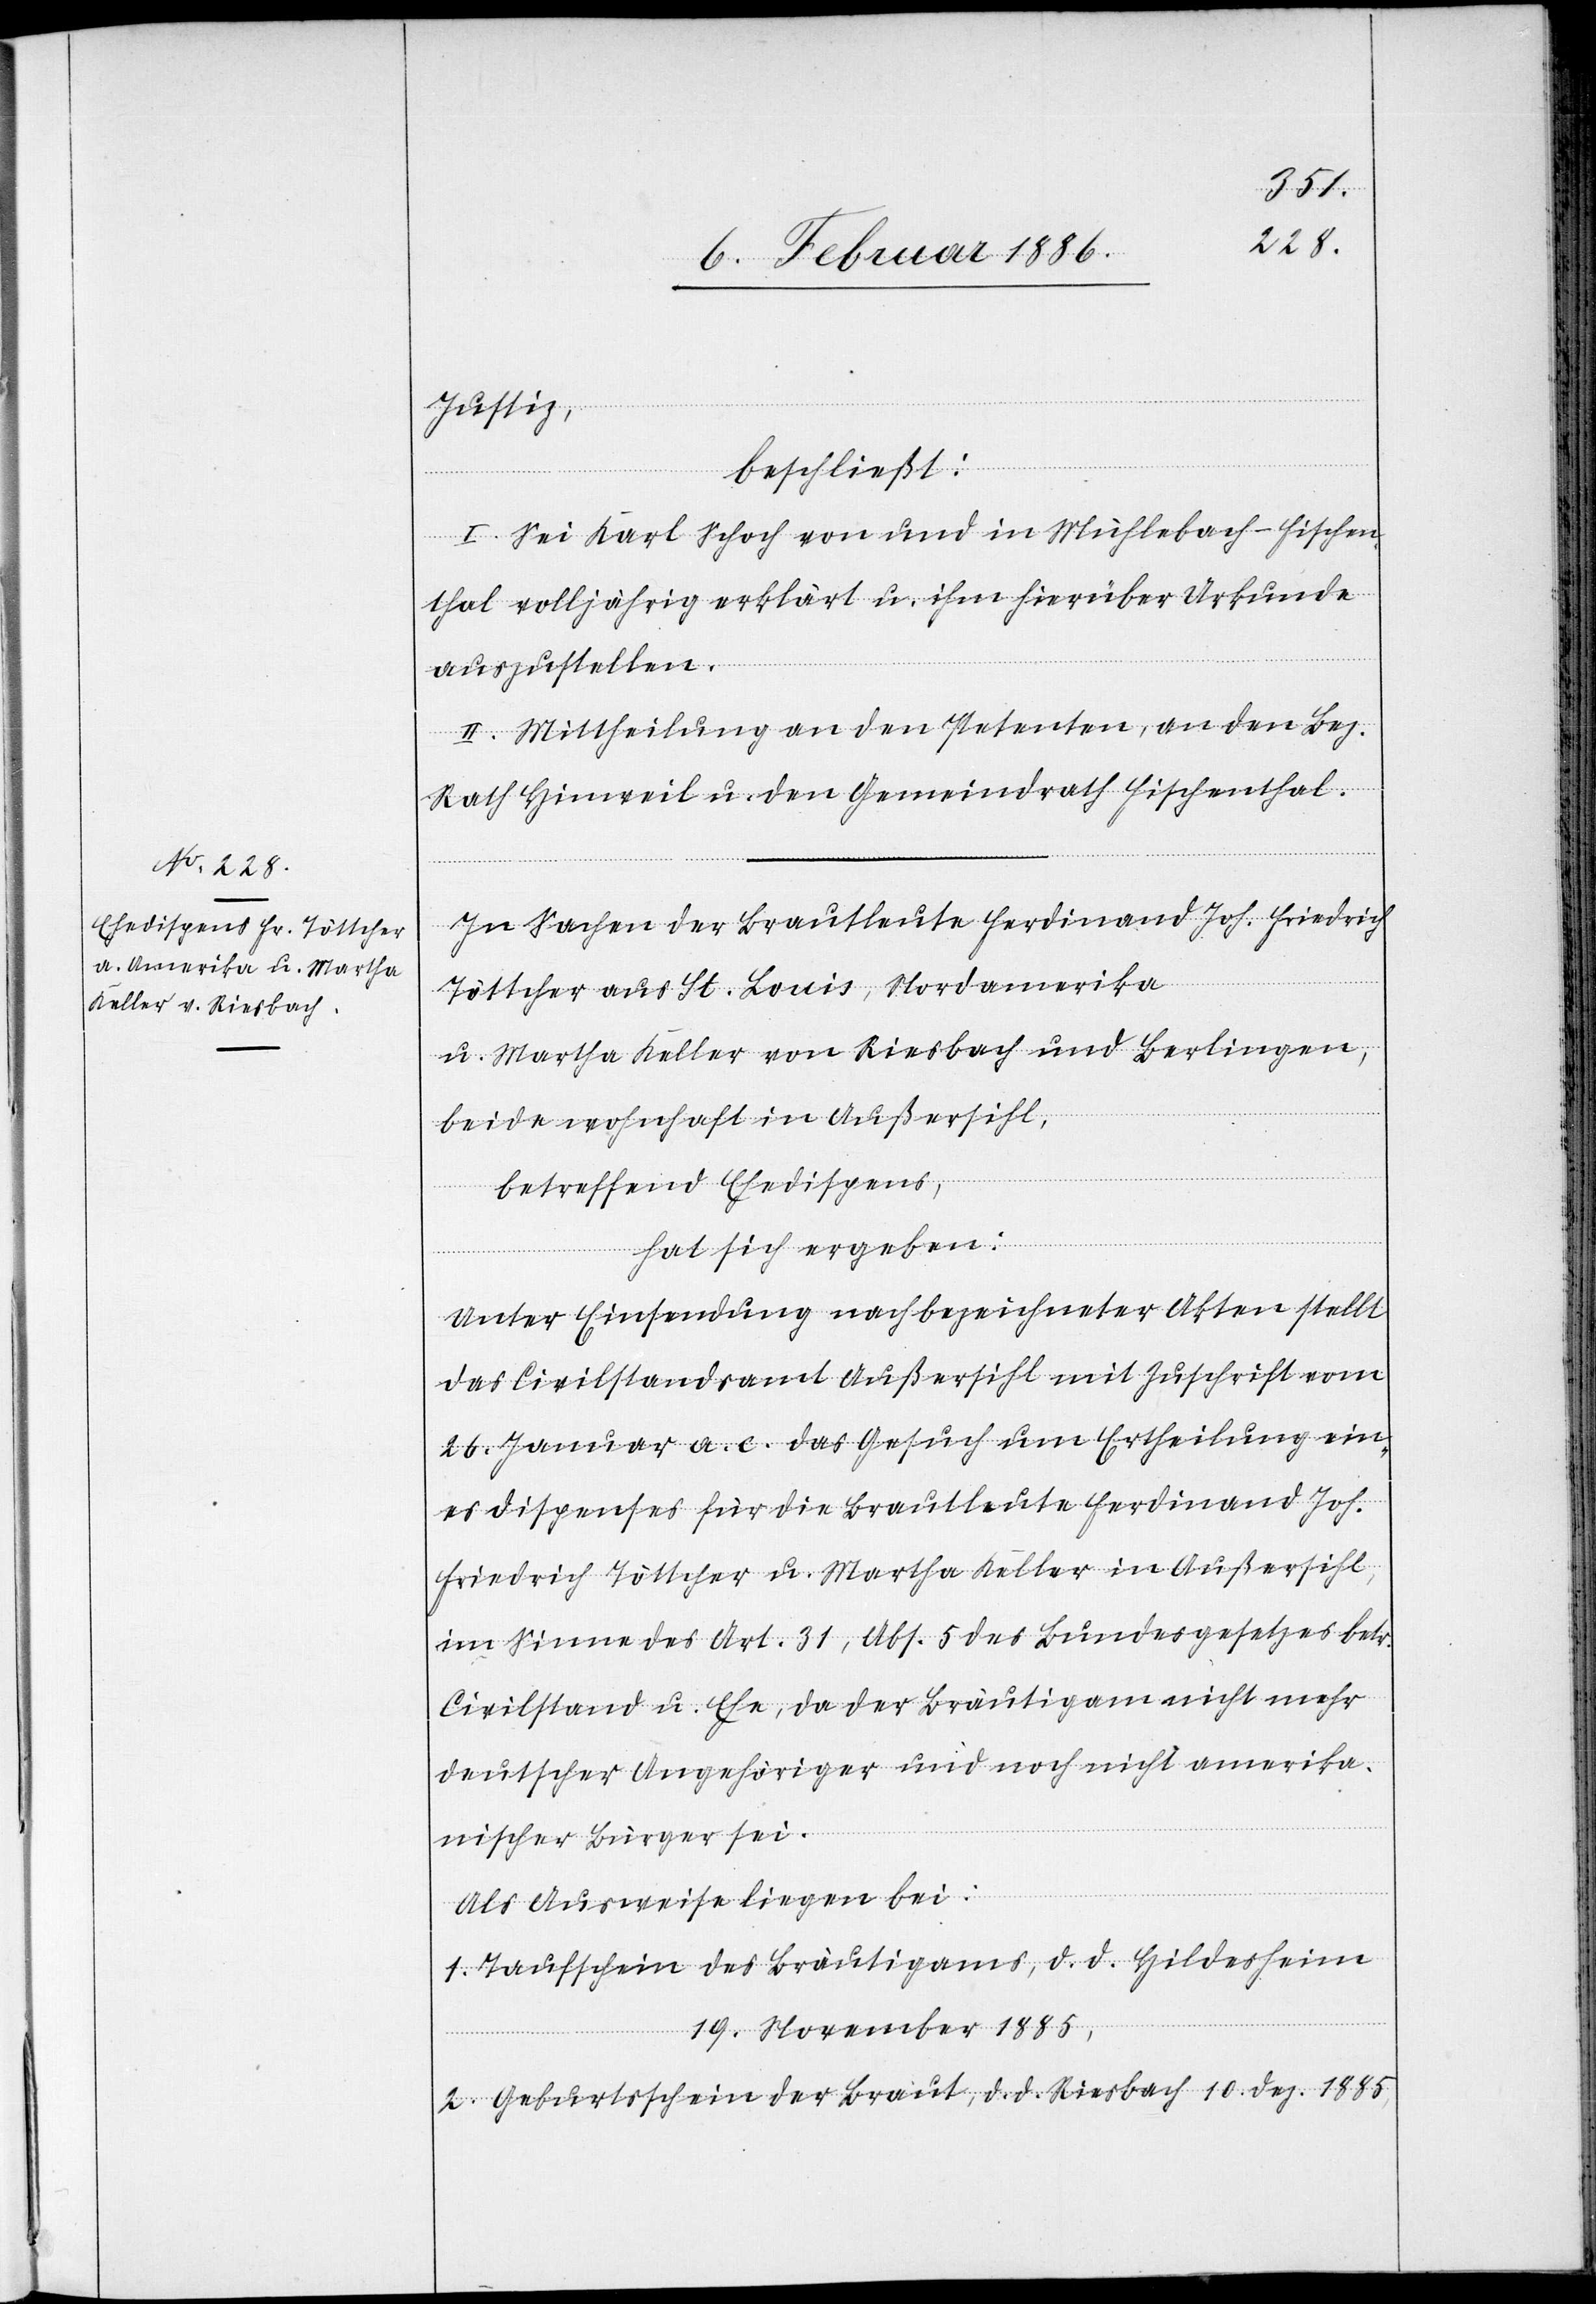
Justiz,
beschließt:
I. Sei Karl Schoch von und in Mühlebach - Fischen¬
thal volljährig erklärt u. ihm hierüber Urkunde
auszustellen.
II. Mittheilung an den Petenten, an den Bez.
Rath Hinweil u. den Gemeindrath Fischenthal.
In Sachen der Brautleute Ferdinand Joh. Friedrich
Töttcher aus St. Louis, Nordamerika
u. Martha Keller von Riesbach und Berlingen,
beide wohnhaft in Außersihl,
betreffend Ehedispens,
hat sich ergeben:
Unter Einsendung nachbezeichneter Akten stellt
das Civilstandsamt Außersihl mit Zuschrift vom
26. Januar a. c. das Gesuch um Ertheilung ein¬
es Dispens für die Brautleute Ferdinand Joh.
Friedrich Töttcher u. Martha Keller in Außersihl,
im Sinne des Art. 31, Abs. 5 des Bundesgesetzes betr.
Civilstand u. Ehe, da der Bräutigam nicht mehr
deutscher Angehöriger und noch nicht amerika¬
nischer Bürger sei.
Als Ausweise liegen bei:
1. Taufschein des Bräutigams, d. d. Hildesheim
19. November 1885,
2. Geburtsschein der Braut, d. d. Riesbach 10. Dez. 1885,